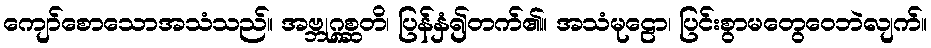
ကျော်စောသောအသံသည်။ အဗ္ဘုဂ္ဂစ္ဆတိ၊ ပြန်နှံ၍တက်၏။ အသံမုဠော၊ ပြင်းစွာမတွေဝေဘဲလျက်။